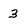
Character: 3